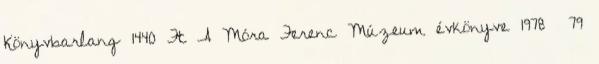
Könyvbarlang 1440 Ft A Móra Ferenc Múzeum évkönyve 1978 79